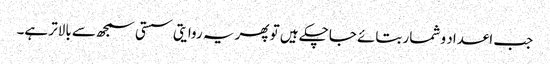
جب اعداد و شمار بتائے جاچکے ہیں تو پھر یہ روایتی سستی سمجھ سے بالاتر ہے۔